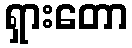
ရှားတော